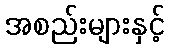
အစည်းများနှင့်